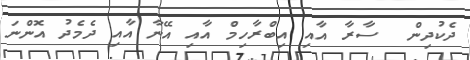
ދެކުދިން  ސާރާ އާއި އިބްރާހިމް އާއި އޭނާ އާއި ދެމެދު އޮންނަ